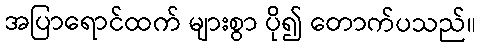
အပြာရောင်ထက် များစွာ ပို၍ တောက်ပသည်။